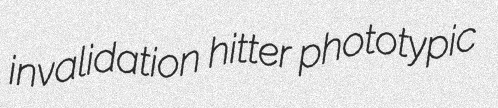
invalidation hitter phototypic